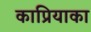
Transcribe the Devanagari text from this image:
काप्रियाका